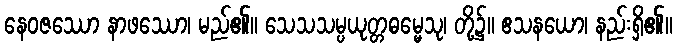
နေဝဇဿော နာဖဿော၊ မည်၏။ သေသသမ္ပယုတ္တဓမ္မေသု၊ တို့၌။ ဧသနယော၊ နည်းရှိ၏။